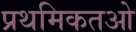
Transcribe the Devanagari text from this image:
प्रथमिकतओ